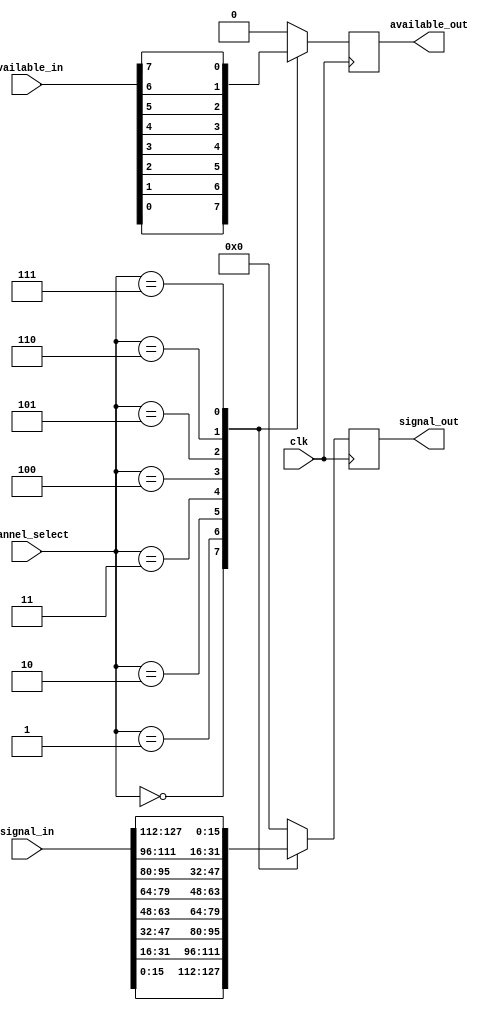
module SignalSelect(
	input wire clk,
	input wire [bitwidth*channels-1:0] signal_in,
	input wire [channels-1:0] available_in,
	input wire [7:0] channel_select,
	output reg [bitwidth-1:0] signal_out,
	output reg available_out
    );
parameter bitwidth = 16;
parameter channels = 8;

always @(posedge clk) begin
	case (channel_select)
		default: begin
			signal_out[bitwidth-1:0] <= 0;
			available_out <= 0;
		end
		8'h0: begin
			signal_out[bitwidth-1:0] <= signal_in[ 0*bitwidth +: bitwidth ];
			available_out <= available_in[0];
		end
		8'h1: begin
			signal_out[bitwidth-1:0] <= signal_in[ 1*bitwidth +: bitwidth ];
			available_out <= available_in[1];
		end
		8'h2: begin
			signal_out[bitwidth-1:0] <= signal_in[ 2*bitwidth +: bitwidth ];
			available_out <= available_in[2];
		end
		8'h3: begin
			signal_out[bitwidth-1:0] <= signal_in[ 3*bitwidth +: bitwidth ];
			available_out <= available_in[3];
		end
		8'h4: begin
			signal_out[bitwidth-1:0] <= signal_in[ 4*bitwidth +: bitwidth ];
			available_out <= available_in[4];
		end
		8'h5: begin
			signal_out[bitwidth-1:0] <= signal_in[ 5*bitwidth +: bitwidth ];
			available_out <= available_in[5];
		end
		8'h6: begin
			signal_out[bitwidth-1:0] <= signal_in[ 6*bitwidth +: bitwidth ];
			available_out <= available_in[6];
		end
		8'h7: begin
			signal_out[bitwidth-1:0] <= signal_in[ 7*bitwidth +: bitwidth ];
			available_out <= available_in[7];
		end
	endcase
end


endmodule